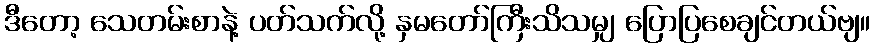
ဒီတော့ သေတမ်းစာနဲ့ ပတ်သက်လို့ နှမတော်ကြီးသိသမျှ ပြောပြစေချင်တယ်ဗျ။